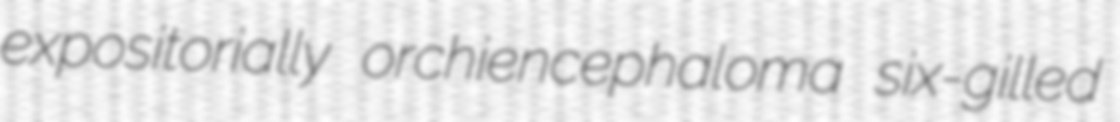
expositorially orchiencephaloma six-gilled